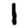
Digit: 1